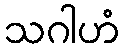
သဂါဟံ